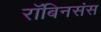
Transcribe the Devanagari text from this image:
रॉबिनसंस